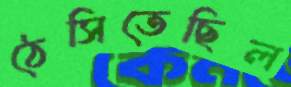
ঠেসিতেছিল